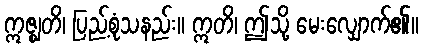
ဣဇ္ဈတိ၊ ပြည့်စုံသနည်း။ ဣတိ၊ ဤသို့ မေးလျှောက်၏။